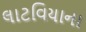
લાટવિયાના